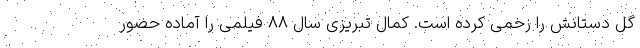
گل دستانش را زخمی کرده است. کمال تبریزی سال ۸۸ فیلمی را آماده حضور